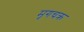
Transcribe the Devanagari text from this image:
मृगचक्र